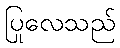
ပြုလေသည်